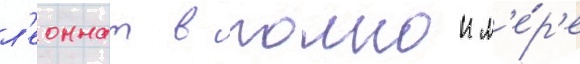
л'еоннат в полнои м'е́р'е